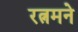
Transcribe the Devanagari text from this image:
रत्नमने